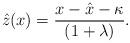
LaTeX: \begin{align*}\hat{z}(x)=\frac{x-\hat{x}-\kappa}{(1+\lambda)}.\end{align*}